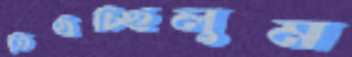
তিষ্ঠচ্ছিলুম